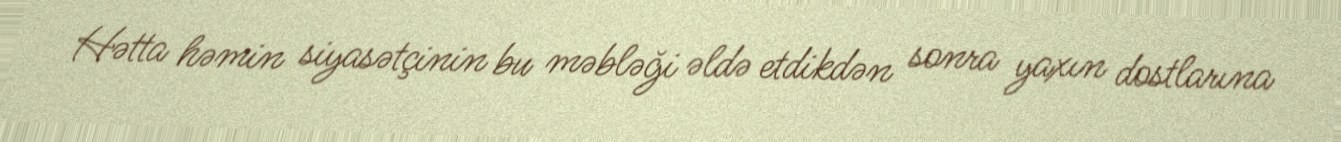
Hətta həmin siyasətçinin bu məbləği əldə etdikdən sonra yaxın dostlarına